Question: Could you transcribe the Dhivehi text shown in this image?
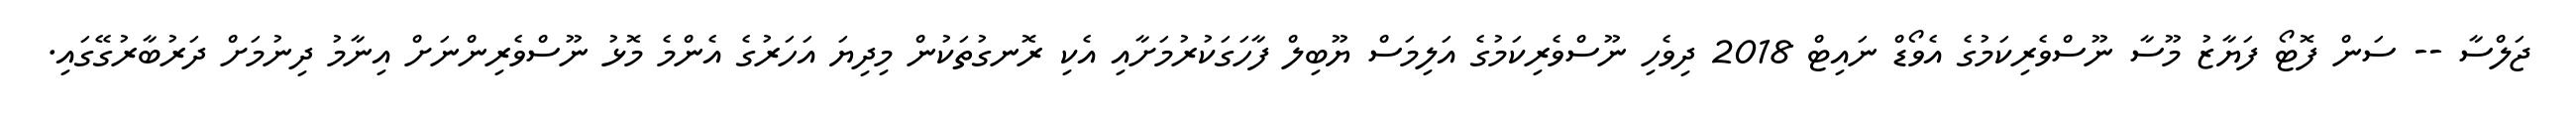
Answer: ޖަލްސާ -- ސަން ފޮޓޯ ފަޔާޒު މޫސާ ނޫސްވެރިކަމުގެ އެވޯޑް ނައިޓް 2018 ދިވެހި ނޫސްވެރިކަމުގެ އަލިމަސް ޔޫބިލް ފާހަގަކުރުމަށާއި އެކި ރޮނގުތަކުން މިދިޔަ އަހަރުގެ އެންމެ މޮޅު ނޫސްވެރިންނަށް އިނާމު ދިނުމަށް ދަރުބާރުގޭގައި.